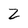
Character: Z